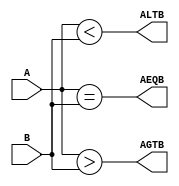
module mag_comp (A,B,ALTB,AGTB,AEQB);
    input [3:0] A,B;
    output ALTB,AGTB,AEQB;

    assign ALTB = (A < B),
           AGTB = (A > B),
           AEQB = (A == B);

endmodule